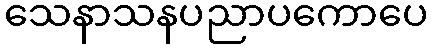
သေနာသနပညာပကောပေ